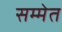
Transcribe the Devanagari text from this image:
सम्मेत